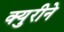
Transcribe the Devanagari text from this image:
क्युरीने